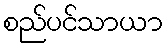
စည်ပင်သာယာ